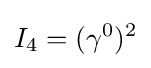
I_{4}=(\gamma ^{0})^{2}